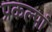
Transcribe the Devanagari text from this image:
प्रकल्पां